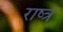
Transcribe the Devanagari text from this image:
राष्त्र